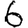
Digit: 6